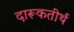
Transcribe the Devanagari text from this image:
दारूकतीर्थ